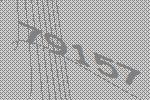
79157